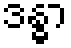
ဒန္ဓာ